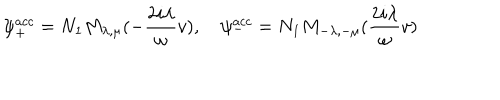
\psi _ { + } ^ { a c c } = N _ { 1 } M _ { \lambda , \mu } ( - \frac { 2 i \lambda } { \omega } v ) , \quad \psi _ { - } ^ { a c c } = N _ { 1 } M _ { - \lambda , - \mu } ( \frac { 2 i \lambda } { \omega } v )